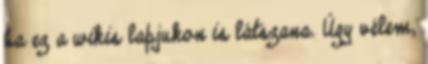
ha ez a wikis lapjukon is látszana. Úgy vélem,